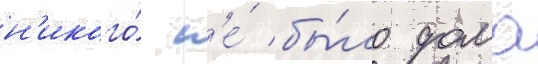
н'икого́ н'е́ бы́ло дома